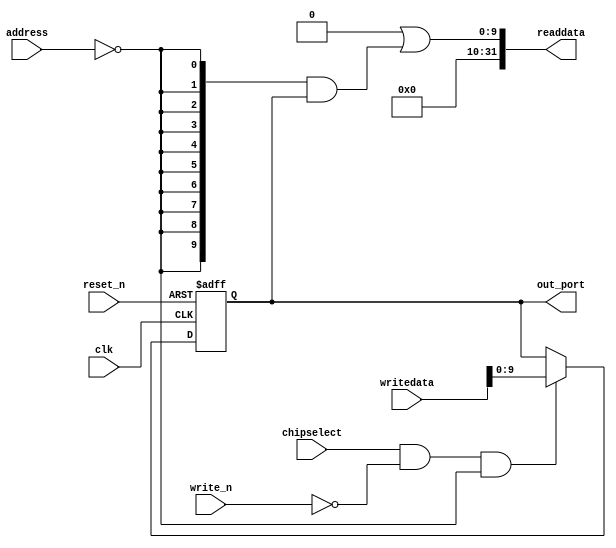
module soc_system_pio_led (
                            // inputs:
                             address,
                             chipselect,
                             clk,
                             reset_n,
                             write_n,
                             writedata,

                            // outputs:
                             out_port,
                             readdata
                          )
;

  output  [  9: 0] out_port;
  output  [ 31: 0] readdata;
  input   [  1: 0] address;
  input            chipselect;
  input            clk;
  input            reset_n;
  input            write_n;
  input   [ 31: 0] writedata;

  wire             clk_en;
  reg     [  9: 0] data_out;
  wire    [  9: 0] out_port;
  wire    [  9: 0] read_mux_out;
  wire    [ 31: 0] readdata;
  assign clk_en = 1;
  //s1, which is an e_avalon_slave
  assign read_mux_out = {10 {(address == 0)}} & data_out;
  always @(posedge clk or negedge reset_n)
    begin
      if (reset_n == 0)
          data_out <= 682;
      else if (chipselect && ~write_n && (address == 0))
          data_out <= writedata[9 : 0];
    end


  assign readdata = {32'b0 | read_mux_out};
  assign out_port = data_out;

endmodule